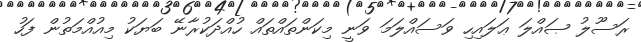
ރަސޫލު ޞައްލަ ޢަލައިހި ވަސައްލަމަ ވަނީ މިކަންތައްތައް ހުއްދަކުރާނޭ ބަޔަކު މިއުއްމަތުން ފަހު